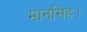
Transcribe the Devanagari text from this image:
मानसिंह।